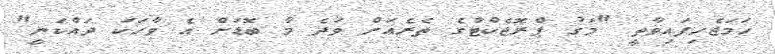
ހަމަޖެހިފައިވާތީ "މަގު ޕްރޮޖެކްޓްގެ ތެރެއަށް ވަދެ މާ ބޮޑަށް އެ ވާހަކަ ދައްކަނީ"